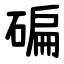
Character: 碥